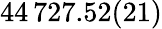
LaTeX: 44\, 727.52(21)